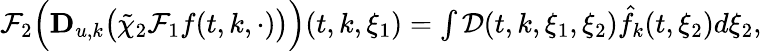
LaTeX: \begin{array}{r}{\mathcal{F}_{2}\Big(\mathbf{D}_{u,k}\big(\tilde{\chi}_{2}\mathcal{F}_{1}f(t,k,\cdot)\big)\Big)(t,k,\xi_{1})=\int\mathcal{D}(t,k,\xi_{1},\xi_{2})\hat{f}_{k}(t,\xi_{2})d\xi_{2},}\end{array}